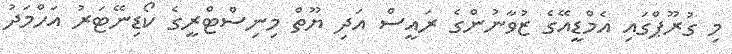
މި ގުރޫޕްގައި އެމްޑީއޭގެ ޒުވާނުންގެ ރައީސް އަދި ޔޫތް މިނިސްޓްރީގެ ކޯޑިނޭޓަރު އަހްމަދު